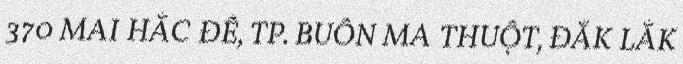
370 MAI HẮC ĐẾ, TP. BUÔN MA THUỘT, ĐẮK LẮK